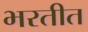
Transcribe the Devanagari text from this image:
भरतीत